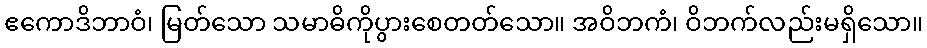
ဧကောဒိဘာဝံ၊ မြတ်သော သမာဓိကိုပွားစေတတ်သော။ အဝိဘကံ၊ ဝိဘက်လည်းမရှိသော။